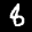
Label: 8